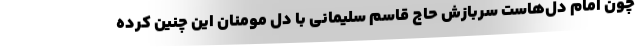
چون امام دل‌هاست سربازش حاج قاسم سلیمانی با دل مومنان این چنین کرده